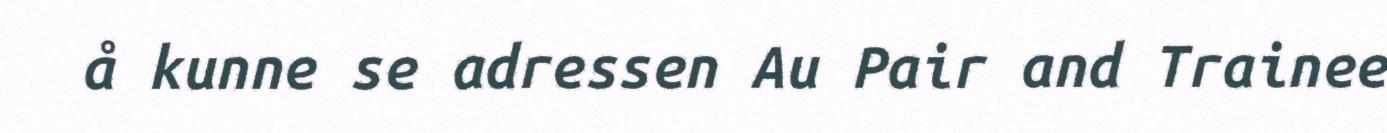
å kunne se adressen Au Pair and Trainee